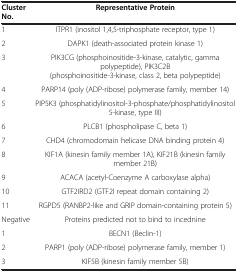
| Cluster No. | Representative Protein |
 | --- | --- |
 | 1 | ITPR1 (inositol 1,4,5-triphosphate receptor, type 1) |
 | 2 | DAPK1 (death-associated protein kinase 1) |
 | 3 | PIK3CG (phosphoinositide-3-kinase, catalytic, gamma polypeptide), PIK3C2B (phosphoinositide-3-kinase, class 2, beta polypeptide) |
 | 4 | PARP14 (poly (ADP-ribose) polymerase family, member 14) |
 | 5 | PIP5K3 (phosphatidylinositol-3-phosphate/phosphatidylinositol 5-kinase, type III) |
 | 6 | PLCB1 (phospholipase C, beta 1) |
 | 7 | CHD4 (chromodomain helicase DNA binding protein 4) |
 | 8 | KIF1A (kinesin family member 1A), KIF21B (kinesin family member 21B) |
 | 9 | ACACA (acetyl-Coenzyme A carboxylase alpha) |
 | 10 | GTF2IRD2 (GTF2I repeat domain containing 2) |
 | 11 | RGPD5 (RANBP2-like and GRIP domain-containing protein 5) |
 | Negative | Proteins predicted not to bind to incednine |
 | 1 | BECN1 (Beclin-1) |
 | 2 | PARP1 (poly (ADP-ribose) polymerase family, member 1) |
 | 3 | KIF5B (kinesin family member 5B) |